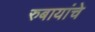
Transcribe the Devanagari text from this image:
रुबायांचे